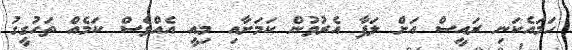
ހަމައެކަނި ރައީސް އަށް ލަފާ އެރުވުން ކަމަށާއި މިއީ އެއްވެސް ކަމެއް ތަހުގީގު